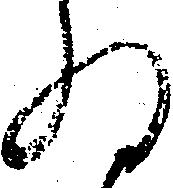
為